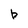
Character: b